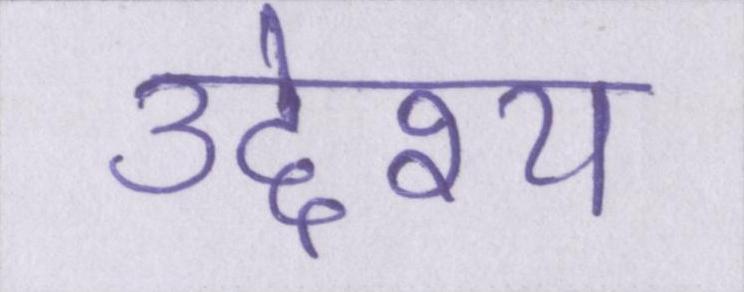
उद्देश्य